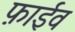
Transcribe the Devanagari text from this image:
फ़ाईव